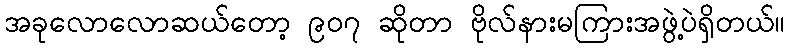
အခုလောလောဆယ်တော့ ၉၀၇ ဆိုတာ ဗိုလ်နားမကြားအဖွဲ့ပဲရှိတယ်။